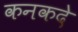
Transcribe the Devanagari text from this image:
कनकदे